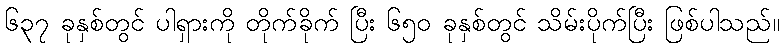
၆၃၇ ခုနှစ်တွင် ပါရှားကို တိုက်ခိုက် ပြီး ၆၅၀ ခုနှစ်တွင် သိမ်းပိုက်ပြီး ဖြစ်ပါသည်။